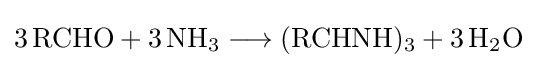
{3\,\mathrm {RCHO} {}+{}3\,\mathrm {NH} {\vphantom {A}}_{\smash[{t}]{3}}{}\mathrel {\longrightarrow } {}(\mathrm {RCHNH} ){\vphantom {A}}_{\smash[{t}]{3}}{}+{}3\,\mathrm {H} {\vphantom {A}}_{\smash[{t}]{2}}\mathrm {O} }